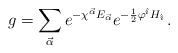
LaTeX: \begin{align*} g =\sum_{\vec\alpha }e^{-\chi^{\vec\alpha} E_{\vec\alpha}} e^{-\frac{1}{2}\varphi^{\hat\imath} H_{\hat \imath}}\, .\end{align*}